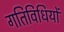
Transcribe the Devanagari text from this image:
गतिविधियों